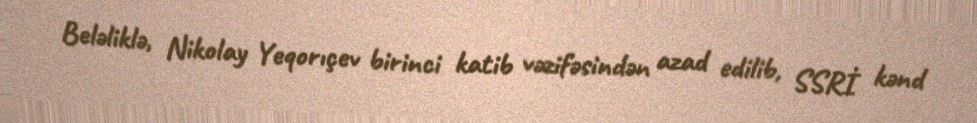
Beləliklə, Nikolay Yeqorıçev birinci katib vəzifəsindən azad edilib, SSRİ kənd